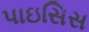
પાઇસિસ